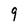
Character: 9